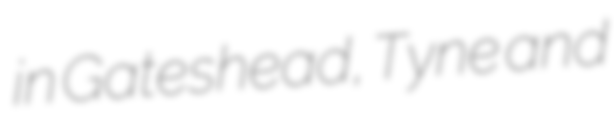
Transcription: in Gateshead, Tyne and